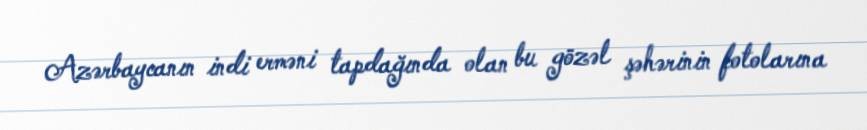
Azərbaycanın indi erməni tapdağında olan bu gözəl şəhərinin fotolarına